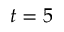
t = 5